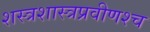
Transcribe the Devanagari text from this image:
शस्त्रशास्त्रप्रवीणश्च